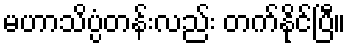
မဟာသိပ္ပံတန်းလည်း တက်နိုင်ပြီ။